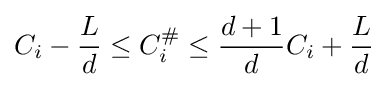
C_{i}-{\frac {L}{d}}\leq C_{i}^{\#}\leq {\frac {d+1}{d}}C_{i}+{\frac {L}{d}}